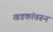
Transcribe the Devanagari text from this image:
खडकांवरून